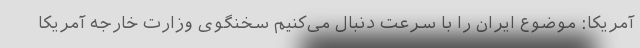
آمریکا: موضوع ایران را با سرعت دنبال می‌کنیم سخنگوی وزارت خارجه آمریکا